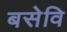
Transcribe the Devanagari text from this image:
बसेवि